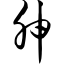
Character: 胂